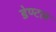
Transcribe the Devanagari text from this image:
डेण्टल